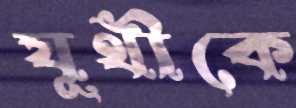
যূথীকে